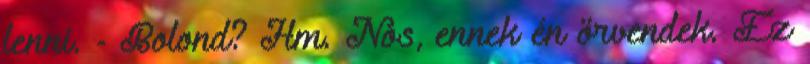
lenni. - Bolond? Hm. Nos, ennek én örvendek. Ez